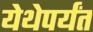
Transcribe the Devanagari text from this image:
येथेपर्यंत